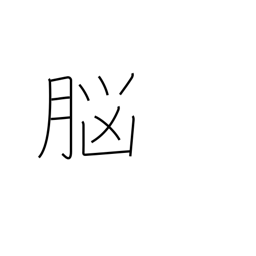
Meaning: brain